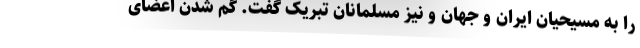
را به مسیحیان ایران و جهان و نیز مسلمانان تبریک گفت. گم شدن اعضای